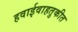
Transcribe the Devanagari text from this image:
हवाईवाहतुकीत